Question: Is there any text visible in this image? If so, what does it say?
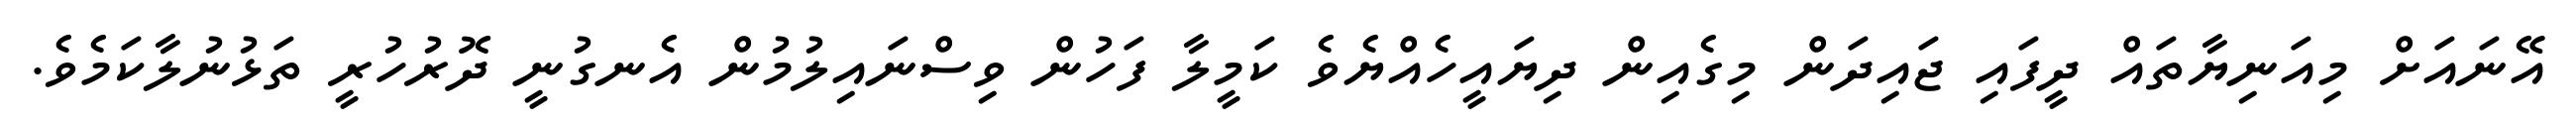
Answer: އޭނައަށް މިއަނިޔާތައް ދީފައި ޖައިދަން މިގެއިން ދިޔައީހެއްޔެވެ ކަމީލާ ފަހުން ވިސްނައިލުމުން އެނގުނީ ދޮރުހުރީ ތަޅުނުލާކަމެވެ.